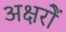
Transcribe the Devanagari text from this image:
अक्षरोें